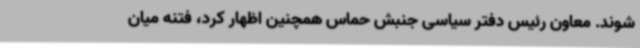
شوند. معاون رئیس دفتر سیاسی جنبش حماس همچنین اظهار کرد، فتنه میان